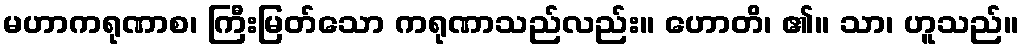
မဟာကရုဏာစ၊ ကြီးမြတ်သော ကရုဏာသည်လည်း။ ဟောတိ၊ ၏။ သာ၊ ဟူသည်။